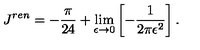
J ^ { r e n } = - \frac { \pi } { 2 4 } + \lim _ { \epsilon \to 0 } \left[ - \frac { 1 } { 2 \pi \epsilon ^ { 2 } } \right] { . }